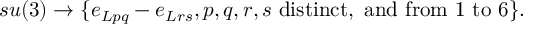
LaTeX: s u ( 3 ) \rightarrow \{ e _ { L p q } - e _ { L r s } , p , q , r , s \mathrm { ~ d i s t i n c t , ~ a n d ~ f r o m ~ } 1 \mathrm { ~ t o ~ } 6 \} .